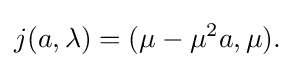
\displaystyle {j(a,\lambda )=(\mu -\mu ^{2}a,\mu ).}